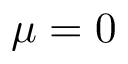
\mu = 0